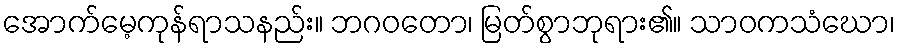
အောက်မေ့ကုန်ရာသနည်း။ ဘဂဝတော၊ မြတ်စွာဘုရား၏။ သာဝကသံဃော၊